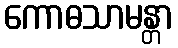
ကောဓသာမန္တာ